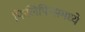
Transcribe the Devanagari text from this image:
फिलिपिन्समध्ये